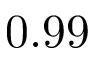
0 . 9 9